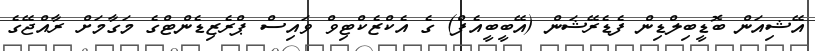
އޭޝިއަން ބޮޑީބިލްޑިން ފެޑެރޭޝަން (އޭބީބީއެފް) ގެ އެކްޒެކްޓިވް ވައިސް ޕްރެެޒިޑެންޓްގެ މަގާމަށް ރާއްޖޭގެ